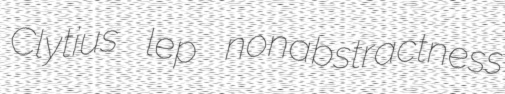
Clytius lep nonabstractness